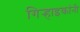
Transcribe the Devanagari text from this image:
गिर्‍हाइकांनी